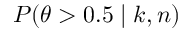
P ( \theta > 0 . 5 \mid k , n )